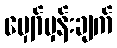
မျှော်မှန်းချက်